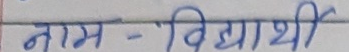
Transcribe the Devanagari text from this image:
नाम - विद्यार्थी